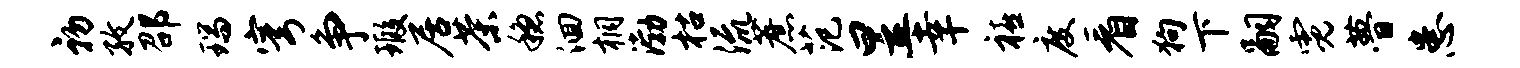
初孜邵瑞穹争瑕居茶稳洄桐渤枯流蔗范昱幸禧度看狗下嗣霓瞢患